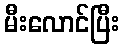
မီးလောင်ပြီး